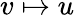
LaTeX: v\mapsto u